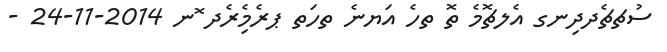
ސުޗޗެދދިނގ އެލޗޮމެ ތޮ ތހެ އަޔނެ ތހަތ ޕރެމިެރެދ ޮނ 2014-11-24 -